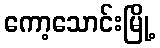
ကော့သောင်းမြို့